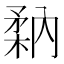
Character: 𥍲